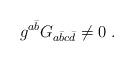
LaTeX: \begin{align*}g^{a{\bar b}}G_{a{\bar b}c{\bar d}} \ne 0 \ .\end{align*}